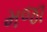
મજા